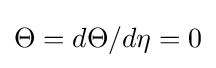
\Theta =d\Theta /d\eta =0